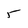
Character: 5